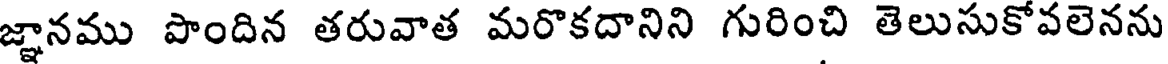
జ్ఞానము పొందిన తరువాత మరొకదానిని గురించి తెలుసుకోవలెనను